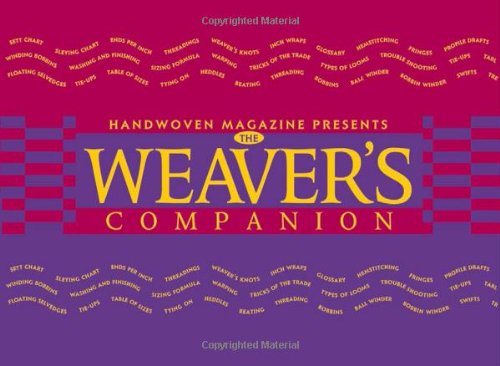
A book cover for The Weaver's Companion (The Companion Series); Madelyn van der Hoogt; Crafts, Hobbies & Home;